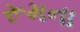
રૂમના